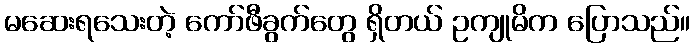
မဆေးရသေးတဲ့ ကော်ဖီခွက်တွေ ရှိတယ် ဥကျုမိက ပြောသည်။